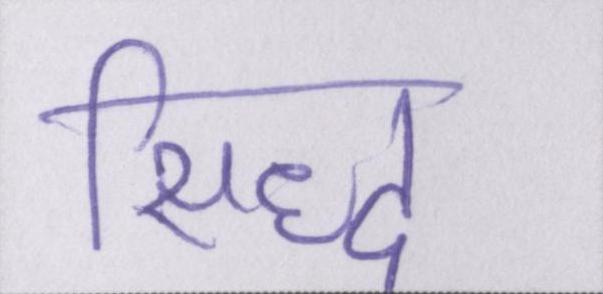
सिद्ध